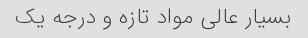
بسیار عالی مواد تازه و درجه یک